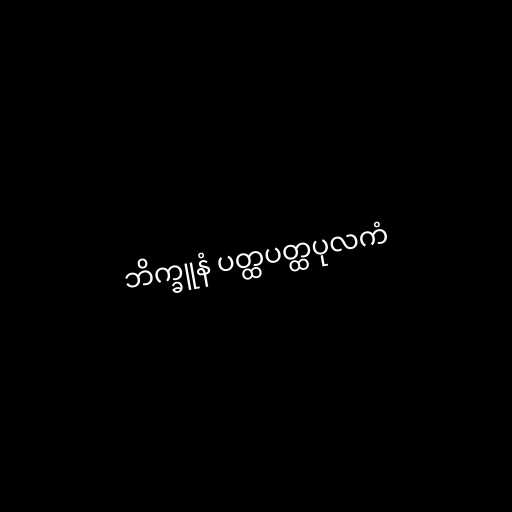
ဘိက္ခူနံ ပတ္ထပတ္ထပုလကံ